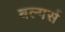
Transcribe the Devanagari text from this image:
बल्गर्स